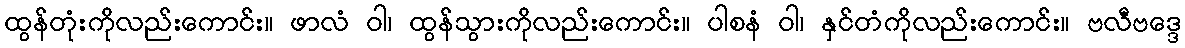
ထွန်တုံးကိုလည်းကောင်း။ ဖာလံ ဝါ၊ ထွန်သွားကိုလည်းကောင်း။ ပါစနံ ဝါ၊ နှင်တံကိုလည်းကောင်း။ ဗလီဗဒ္ဒေ